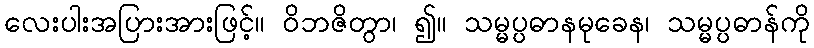
လေးပါးအပြားအားဖြင့်။ ဝိဘဇိတွာ၊ ၍။ သမ္မပ္ပဓာနမုခေန၊ သမ္မပ္ပဓာန်ကို